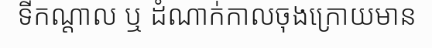
ទីកណ្តាល ឬ ដំណាក់កាលចុងក្រោយមាន